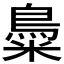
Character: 𪀳